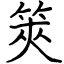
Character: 筴